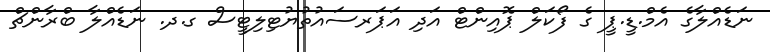
ނަޑެއްލާގެ އެމް.ޑީ.ޕީ ގެ ފޯކަލް ޕޮއިންޓް އަދި އަޕަރސައުތުޔުޓިލިޓީސް ގ.ދ. ނަޑެއްލާ ބްރާންޗް